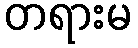
တရားမ